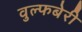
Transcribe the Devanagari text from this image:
वुल्फबेरी